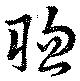
聡